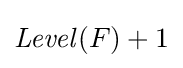
{\mathit {Level}}(F)+1